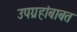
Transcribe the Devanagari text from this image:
उपग्रहांबाबत